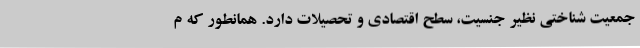
جمعیت شناختی نظیر جنسیت، سطح اقتصادی و تحصیلات دارد. همانطور که م